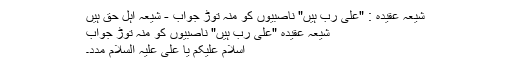
شیعہ عقیدہ : "علی رب ہیں" ناصبیوں کو منہ توڑ جواب - شیعہ اہل حق ہیں
شیعہ عقیدہ "علی رب ہیں" ناصبیوں کو منہ توڑ جواب
اسلام علیکم یا علی علیہ السلام مدد۔